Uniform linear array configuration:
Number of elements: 48
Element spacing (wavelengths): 0.25
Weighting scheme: cosine
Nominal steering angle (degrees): -60
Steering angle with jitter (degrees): -61.296
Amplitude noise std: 0.05
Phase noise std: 0.05

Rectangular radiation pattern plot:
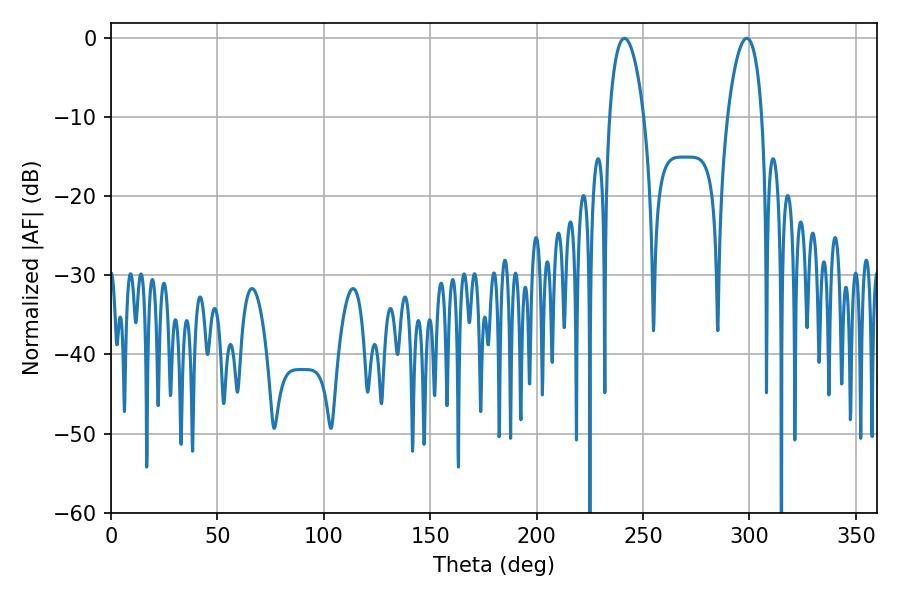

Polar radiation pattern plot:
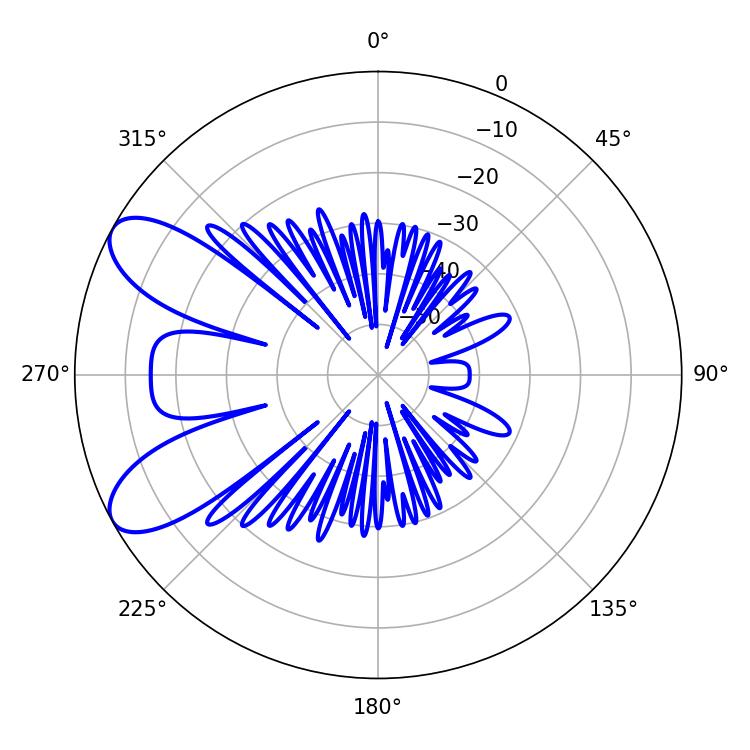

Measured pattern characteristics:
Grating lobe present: FALSE
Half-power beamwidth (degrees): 9.18
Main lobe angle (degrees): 241.2